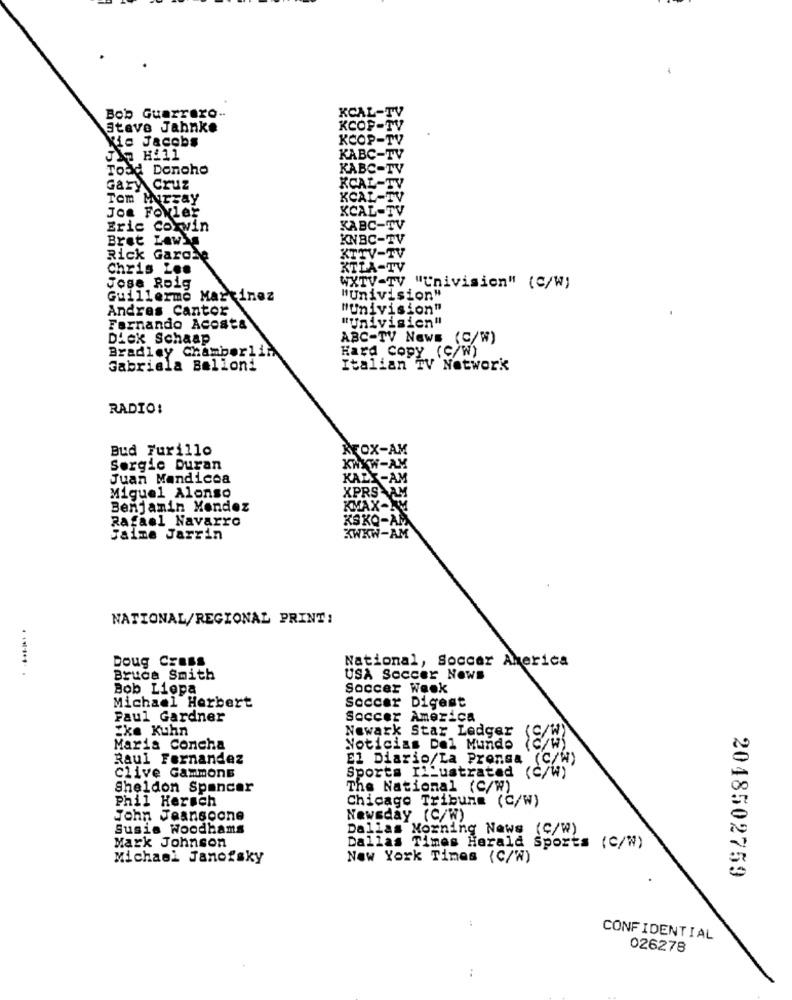
Bob Guerrero -.
Steve Jahnke
Kie Jacobs
JIn Hi11
Todd Doncho
KA
GaryCruz
Tom Mirzay
Joe Fokler
CAL
Eric Corvin
KABC-T
Bret Lewis
KNBC-
TV-
Rick Gardse
on
Chris Lee
KTLA-TV
Jose Roig
WXTV-TV "Univision" (C/W)
Guillermo Martinez
"Univision"
Andres Cantor
"Univision"
Fernando Acosta
Dick Schaap
ABC-TV News (C/W)
Bradley Chamberli
Hard Copy (C/W)
Gabriela Belloni
Italian TV Network
RADIO!
Bud Furillo
Sergio Duran
Juan Mandicea
Miguel Alonso
Benjamin Mondez
Rafael Navarro
Jaime Jarrin
AM
NATIONAL/REGIONAL PRINT:
Doug Crass
National, Soccer Alerica
....... .
Bruce Smith
USA Soccer News
Bob Liepa
Soccer Waok
Soccer Digest
Michael Herbert
Paul Gardner
Soccer America
Ike Kuhn
Newark Star Ledger
Maris Concha
Noticias Del Mundo
Raul Fernandez
El Diario/La Prensa
(C/W)
Sports Illustrated (C/W)
clive Gammons
Sheldon Spencer
The National (C/W)
Phil Hersch
Chicago Tribune (C/W)
John Jeansoone
Newsday (C/W)
Susis Woodhams
Dallas Morning News (C/W)
Mark Johnson
Dallas Times Herald Sports (C/W)
Michael Janofsky
New York Times (C/W)
2048502759
CONFIDENTIAL
026278
..